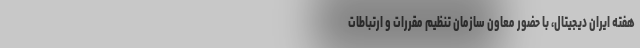
هفته ایران دیجیتال، با حضور معاون سازمان تنظیم مقررات و ارتباطات